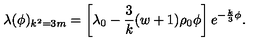
\lambda ( \phi ) _ { k ^ { 2 } = 3 m } = \left[ \lambda _ { 0 } - { \frac { 3 } { k } } ( w + 1 ) \rho _ { 0 } \phi \right] e ^ { - { \frac { k } { 3 } } \phi } .